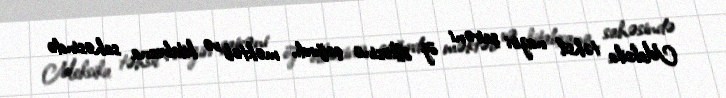
Meksika təhsil naziri şairəni öz ölkəsinə çağırdı, məktəb və kitabxana sahəsində